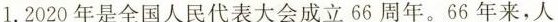
1.2020年是全国人民代表大会成立66周年。66年来，人